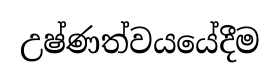
උෂ්ණත්වයයේදීම